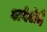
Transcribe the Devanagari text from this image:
अवेलेई